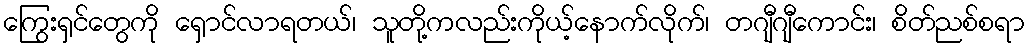
ကြွေးရှင်တွေကို ရှောင်လာရတယ်၊ သူတို့ကလည်းကိုယ့်နောက်လိုက်၊ တဂျီဂျီကောင်း၊ စိတ်ညစ်စရာ